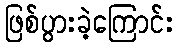
ဖြစ်ပွားခဲ့ကြောင်း